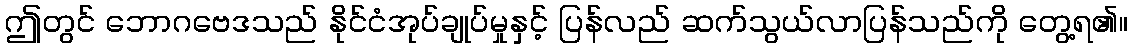
ဤတွင် ဘောဂဗေဒသည် နိုင်ငံအုပ်ချုပ်မှုနှင့် ပြန်လည် ဆက်သွယ်လာပြန်သည်ကို တွေ့ရ၏။